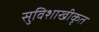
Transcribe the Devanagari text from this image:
सुविशाखीकृत